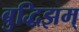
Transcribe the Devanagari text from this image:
बुद्धिझम्